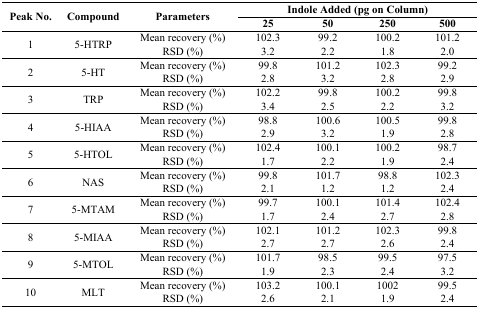
| <ROWSPAN=2> Peak No. | <ROWSPAN=2> Compound | <ROWSPAN=2> Parameters | <COLSPAN=4> Indole Added (pg on Column) |
 | 25 | 50 | 250 | 500 |
 | --- | --- | --- | --- | --- | --- | --- |
 | <ROWSPAN=2> 1 | <ROWSPAN=2> 5-HTRP | Mean recovery (%) | 102.3 | 99.2 | 100.2 | 101.2 |
 | RSD (%) | 3.2 | 2.2 | 1.8 | 2.0 |
 | <ROWSPAN=2> 2 | <ROWSPAN=2> 5-HT | Mean recovery (%) | 99.8 | 101.2 | 102.3 | 99.2 |
 | RSD (%) | 2.8 | 3.2 | 2.8 | 2.9 |
 | <ROWSPAN=2> 3 | <ROWSPAN=2> TRP | Mean recovery (%) | 102.2 | 99.8 | 100.2 | 99.8 |
 | RSD (%) | 3.4 | 2.5 | 2.2 | 3.2 |
 | <ROWSPAN=2> 4 | <ROWSPAN=2> 5-HIAA | Mean recovery (%) | 98.8 | 100.6 | 100.5 | 99.8 |
 | RSD (%) | 2.9 | 3.2 | 1.9 | 2.8 |
 | <ROWSPAN=2> 5 | <ROWSPAN=2> 5-HTOL | Mean recovery (%) | 102.4 | 100.1 | 100.2 | 98.7 |
 | RSD (%) | 1.7 | 2.2 | 1.9 | 2.4 |
 | <ROWSPAN=2> 6 | <ROWSPAN=2> NAS | Mean recovery (%) | 99.8 | 101.7 | 98.8 | 102.3 |
 | RSD (%) | 2.1 | 1.2 | 1.2 | 2.4 |
 | <ROWSPAN=2> 7 | <ROWSPAN=2> 5-MTAM | Mean recovery (%) | 99.7 | 100.1 | 101.4 | 102.4 |
 | RSD (%) | 1.7 | 2.4 | 2.7 | 2.8 |
 | <ROWSPAN=2> 8 | <ROWSPAN=2> 5-MIAA | Mean recovery (%) | 102.1 | 101.2 | 102.3 | 99.8 |
 | RSD (%) | 2.7 | 2.7 | 2.6 | 2.4 |
 | <ROWSPAN=2> 9 | <ROWSPAN=2> 5-MTOL | Mean recovery (%) | 101.7 | 98.5 | 99.5 | 97.5 |
 | RSD (%) | 1.9 | 2.3 | 2.4 | 3.2 |
 | <ROWSPAN=2> 10 | <ROWSPAN=2> MLT | Mean recovery (%) | 103.2 | 100.1 | 1002 | 99.5 |
 | RSD (%) | 2.6 | 2.1 | 1.9 | 2.4 |